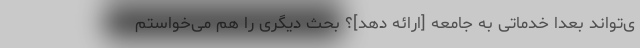
ی‌تواند بعداً خدماتی به جامعه [ارائه دهد]؟ بحث دیگری را هم می‌خواستم